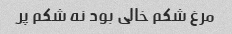
مرغ شکم خالی بود نه شکم پر